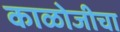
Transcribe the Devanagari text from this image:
काळोजीचा